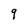
Character: 9